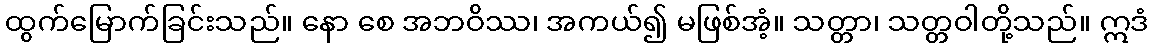
ထွက်မြောက်ခြင်းသည်။ နော စေ အဘဝိဿ၊ အကယ်၍ မဖြစ်အံ့။ သတ္တာ၊ သတ္တဝါတို့သည်။ ဣဒံ